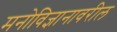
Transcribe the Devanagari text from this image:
मनोविज्ञानावरील